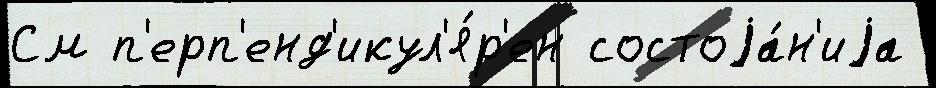
См п'ерп'енд'икул'я́р'ен состоjа́н'иjа